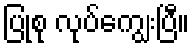
ပြုစု လုပ်ကျွေးပြီ။